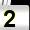
Digit: 2